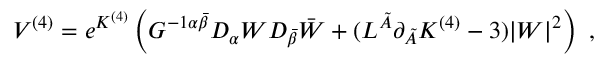
V ^ { ( 4 ) } = e ^ { K ^ { ( 4 ) } } \left( G ^ { - 1 \alpha \bar { \beta } } D _ { \alpha } W D _ { \bar { \beta } } \bar { W } + ( L ^ { \tilde { A } } \partial _ { \tilde { A } } K ^ { ( 4 ) } - 3 ) | W | ^ { 2 } \right) \ ,